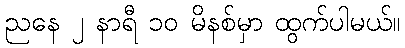
ညနေ ၂ နာရီ ၁၀ မိနစ်မှာ ထွက်ပါမယ်။